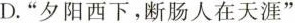
D.”夕阳西下，断肠人在天涯”